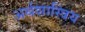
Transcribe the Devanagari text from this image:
अर्थशास्त्रिय